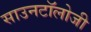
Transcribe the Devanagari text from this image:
साउनटॉलोजी